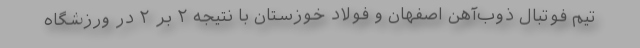
تیم فوتبال ذوب‌آهن اصفهان و فولاد خوزستان با نتیجه ۲ بر ۲ در ورزشگاه